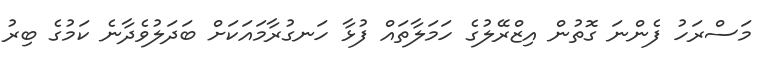
މަސްރަހު ފެންނަ ގޮތުން އިޒްރޭލުގެ ހަމަލާތައް ފުޅާ ހަނގުރާމައަކަށް ބަދަލުވެދާނެ ކަމުގެ ބިރު